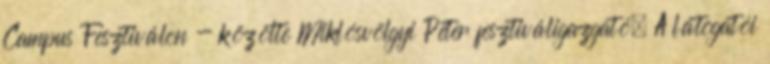
Campus Fesztiválon - közölte Miklósvölgyi Péter fesztiváligazgató. A látogatói